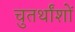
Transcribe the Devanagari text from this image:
चुतर्थांशों